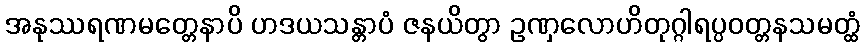
အနုဿရဏမတ္တေနာပိ ဟဒယသန္တာပံ ဇနယိတွာ ဥဏှလောဟိတုဂ္ဂါရပ္ပဝတ္တနသမတ္ထံ